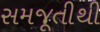
સમજૂતીથી